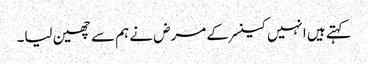
کہتے ہیں انہیں کینسر کے مرض نے ہم سے چھین لیا۔